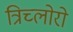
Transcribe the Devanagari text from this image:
त्रिच्लोरो